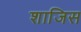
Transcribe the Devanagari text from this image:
शाजिस